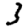
Digit: 3